Report of an investigation of the epidemic of malarial fever in Assam, or, kala-azar
Disease focus: Malaria
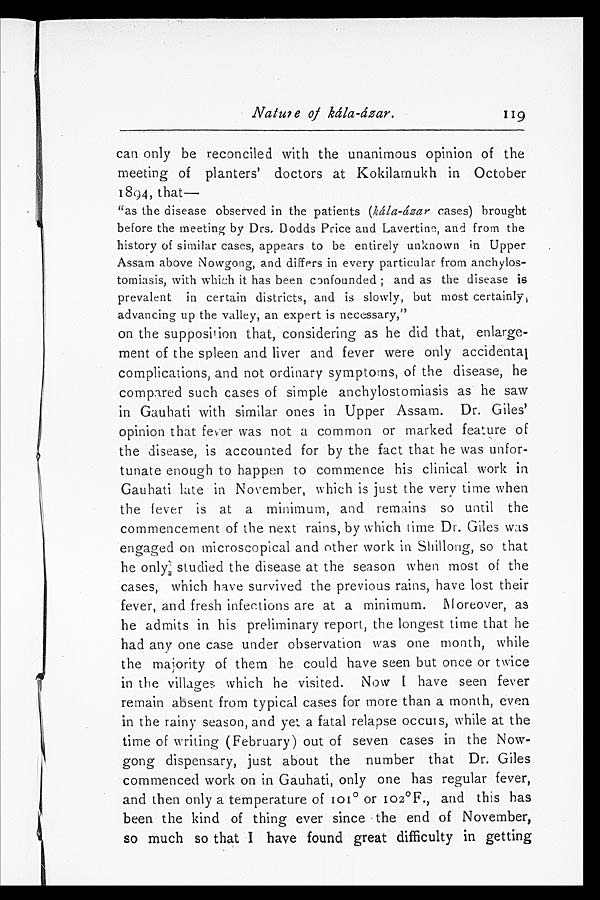
Nature of kála-ázar.
119
can only be reconciled with the unanimous opinion of the
meeting of planters' doctors at Kokilamukh in October
1894, that—
"as the disease observed in the patients (kála-ázar cases) brought
before the meeting by Drs. Dodds Price and Lavertine, and from the
history of similar cases, appears to be entirely unknown in Upper
Assam above Nowgong, and differs in every particular from anchylos
-tomiasis, with which it has been confounded; and as the disease is
prevalent in certain districts, and is slowly, but most certainly,
advancing up the valley, an expert is necessary,"
on the supposition that, considering as he did that, enlarge
- m e n t o f t h e s p l e e n a n d l i v e r a n d f e v e r w e r e o n l y a c c i d e n t a l
complications, and not ordinary symptoms, of the disease, he
compared such cases of simple anchylostomiasis as he saw
in Gauhati with similar ones in Upper Assam. Dr. Giles'
opinion that fever was not a common or marked feature of
the disease, is accounted for by the fact that he was unfor
-tunate enough to happen to commence his clinical work in
Gauhati late in November, which is just the very time when
the fever is at a minimum, and remains so until the
commencement of the next rains, by which time Dr. Giles was
engaged on microscopical and other work in Shillong, so that
he only studied the disease at the season when most of the
cases, which have survived the previous rains, have lost their
fever, and fresh infections are at a minimum. Moreover, as
he admits in his preliminary report, the longest time that he
had any one case under observation was one month, while
the majority of them he could have seen but once or twice
in the villages which he visited. Now I have seen fever
remain absent from typical cases for more than a month, even
in the rainy season, and yet a fatal relapse occurs, while at the
time of writing (February) out of seven cases in the Now-
gong dispensary, just about the number that Dr. Giles
commenced work on in Gauhati, only one has regular fever,
and then only a temperature of 101° or 102°F., and this has
been the kind of thing ever since the end of November,
so much so that I have found great difficulty in getting